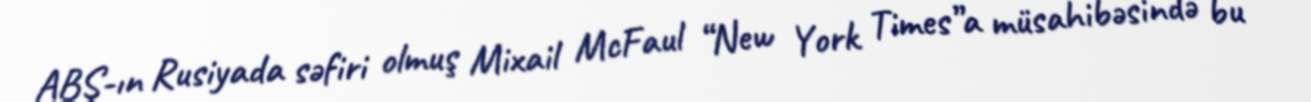
ABŞ-ın Rusiyada səfiri olmuş Mixail McFaul “New York Times”a müsahibəsində bu